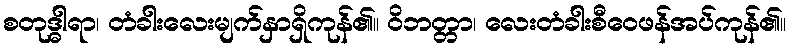
စတုဒ္ဓါရာ၊ တံခါးလေးမျက်နှာရှိကုန်၏။ ဝိဘတ္တာ၊ လေးတံခါးစီဝေဖန်အပ်ကုန်၏။